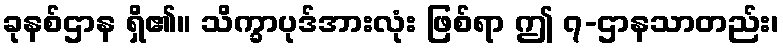
ခုနစ်ဌာန ရှိ၏။ သိက္ခာပုဒ်အားလုံး ဖြစ်ရာ ဤ ၇-ဌာနသာတည်း၊